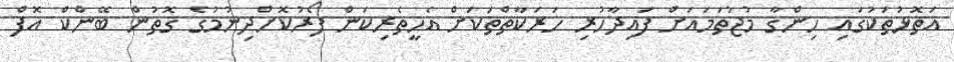
އަތޮޅުތަކުގައި ހިންގާ މުޖުތަމައަށް ފައިދާހުރި ހަރަކާތްތަކަށް އެހީތެރިކަން ފޯރުކޮށްދިނުމުގެ ގޮތުން ބޭންކް އޮފް